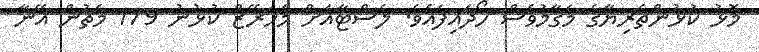
މޮޅު ކުޅުންތެރިޔާގެ މަގާމުވެސް ހޯދައިފައެވެ. ލެސްޓާއަށް މަހަރޭޒް ކުޅުނު 179 މެޗުން އޭނާ